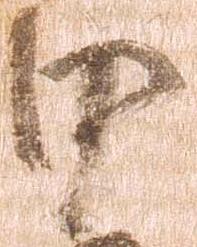
田